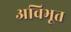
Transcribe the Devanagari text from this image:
अविभूत